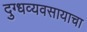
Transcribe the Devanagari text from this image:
दुग्धव्यवसायाचा